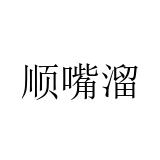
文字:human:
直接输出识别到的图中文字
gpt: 顺嘴溜